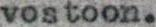
vostoon.